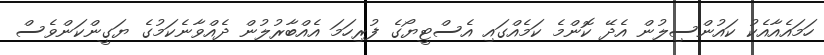
ހަމައެއާއެކު ކައުންސިލުން އެދޭ ކޮންމެ ކަމެއްގައި އެސްޓީޔޯގެ ފުރިހަމަ އެއްބާރުލުން ދެއްވާނެކަމުގެ ޔަގީންކަންވެސް